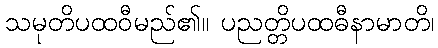
သမုတိပထဝီမည်၏။ ပညတ္တိပထဓီနာမာတိ၊